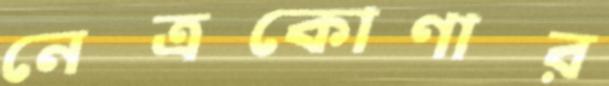
নেত্রকোণার